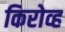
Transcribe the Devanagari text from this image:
किरोव्ह